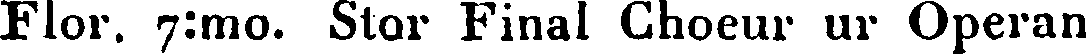
Flor. 7:mo. Stor Final Choeur ur Operan